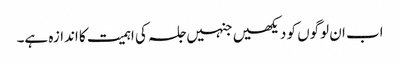
اب ان لوگوں کو دیکھیں جنہیں جلسہ کی اہمیت کا اندازہ ہے۔